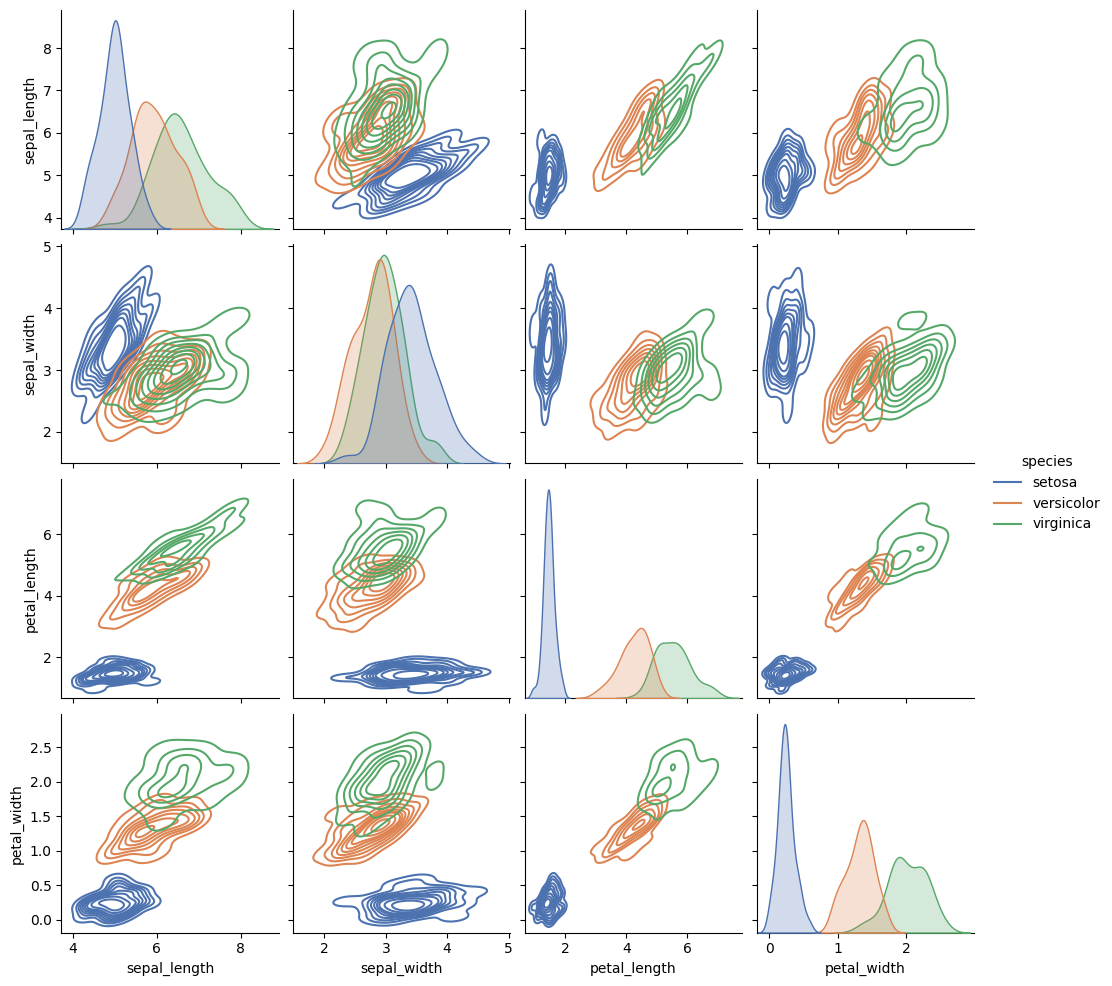
python, seaborn, pairplot, palette='deep', markers=['o'], kind='kde', diag_kind='auto'